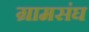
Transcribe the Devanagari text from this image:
ग्रामसंघ